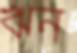
ঋন